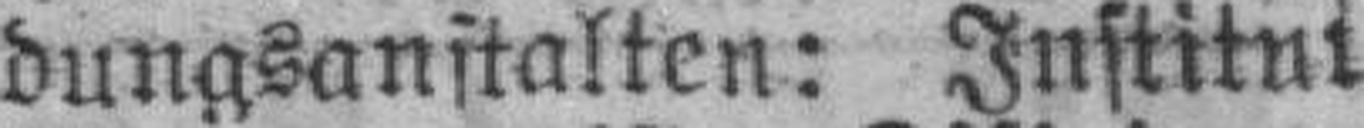
dungsanstalten: Institut